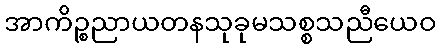
အာကိဉ္စညာယတနသုခုမသစ္စသညီယေဝ